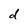
Character: d